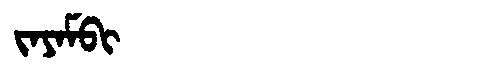
Manchu: ᠵᠠᠶᠠᠮᠪᡳ
Romanization: JAYAMBI